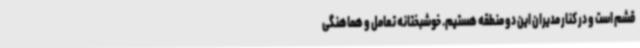
قشم است و در کنار مدیران این دو منطقه هستیم. خوشبختانه تعامل و هماهنگی